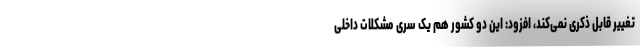
تغییر قابل ذکری نمی‌کند، افزود: این دو کشور هم یک سری مشکلات داخلی